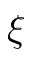
\xi